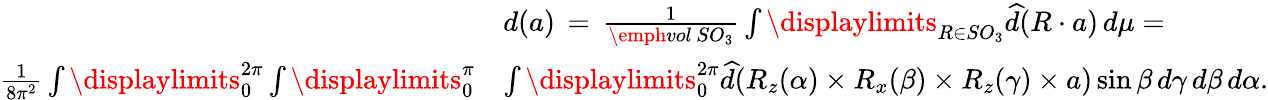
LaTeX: \begin{array}{rl}&{d(a)\, =\, \frac{1}{\emph{vol}\, SO_{3}}\int\displaylimits_{R\in SO_{3}}\widehat{d}(R\cdot a)\, d\mu=}\\ {\frac{1}{8\pi^{2}}\int\displaylimits_{0}^{2\pi}\int\displaylimits_{0}^{\pi}}&{\int\displaylimits_{0}^{2\pi}\widehat{d}(R_{z}(\alpha)\times R_{x}(\beta)\times R_{z}(\gamma)\times a)\sin\beta\, d\gamma\, d\beta\, d\alpha.}\end{array}